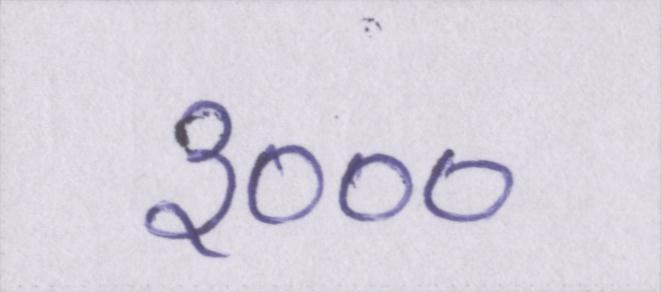
३०००